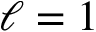
\ell = 1